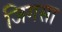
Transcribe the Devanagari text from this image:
जिगसा